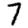
Digit: 7